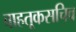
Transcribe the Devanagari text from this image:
वाहतूकसचिव